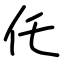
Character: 仛